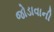
જોડાવાની